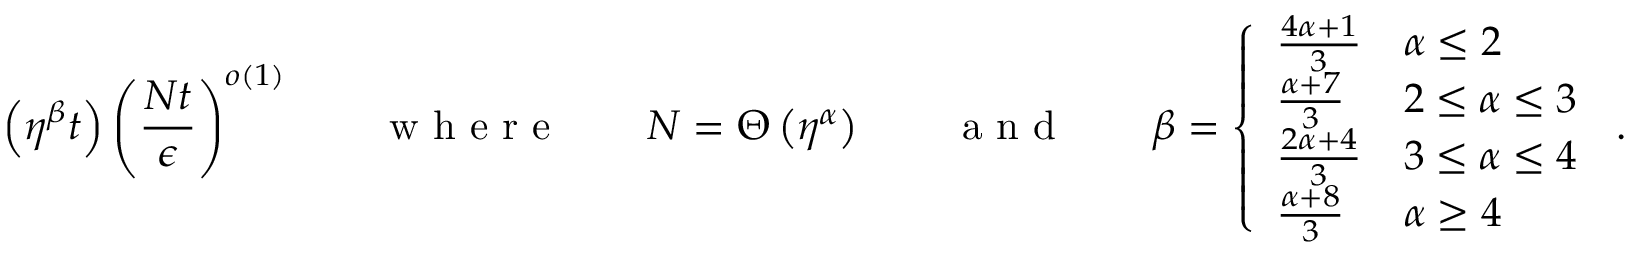
\left( \eta ^ { \beta } t \right) \left( \frac { N t } { \epsilon } \right) ^ { o ( 1 ) } \qquad \textrm { w h e r e } \qquad N = \Theta \left( \eta ^ { \alpha } \right) \qquad \textrm { a n d } \qquad \beta = \left\{ \begin{array} { l l } { \frac { 4 \alpha + 1 } { 3 } } & { \alpha \leq 2 } \\ { \frac { \alpha + 7 } { 3 } } & { 2 \leq \alpha \leq 3 } \\ { \frac { 2 \alpha + 4 } { 3 } } & { 3 \leq \alpha \leq 4 } \\ { \frac { \alpha + 8 } { 3 } } & { \alpha \geq 4 } \end{array} \right. \, .